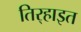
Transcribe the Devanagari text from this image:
तिर्‍हाइत